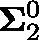
\mathbf { \Sigma } _ { 2 } ^ { 0 }